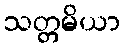
သတ္တမိယာ